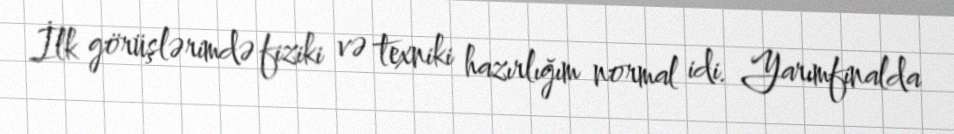
İlk görüşlərimdə fiziki və texniki hazırlığım normal idi. Yarımfinalda